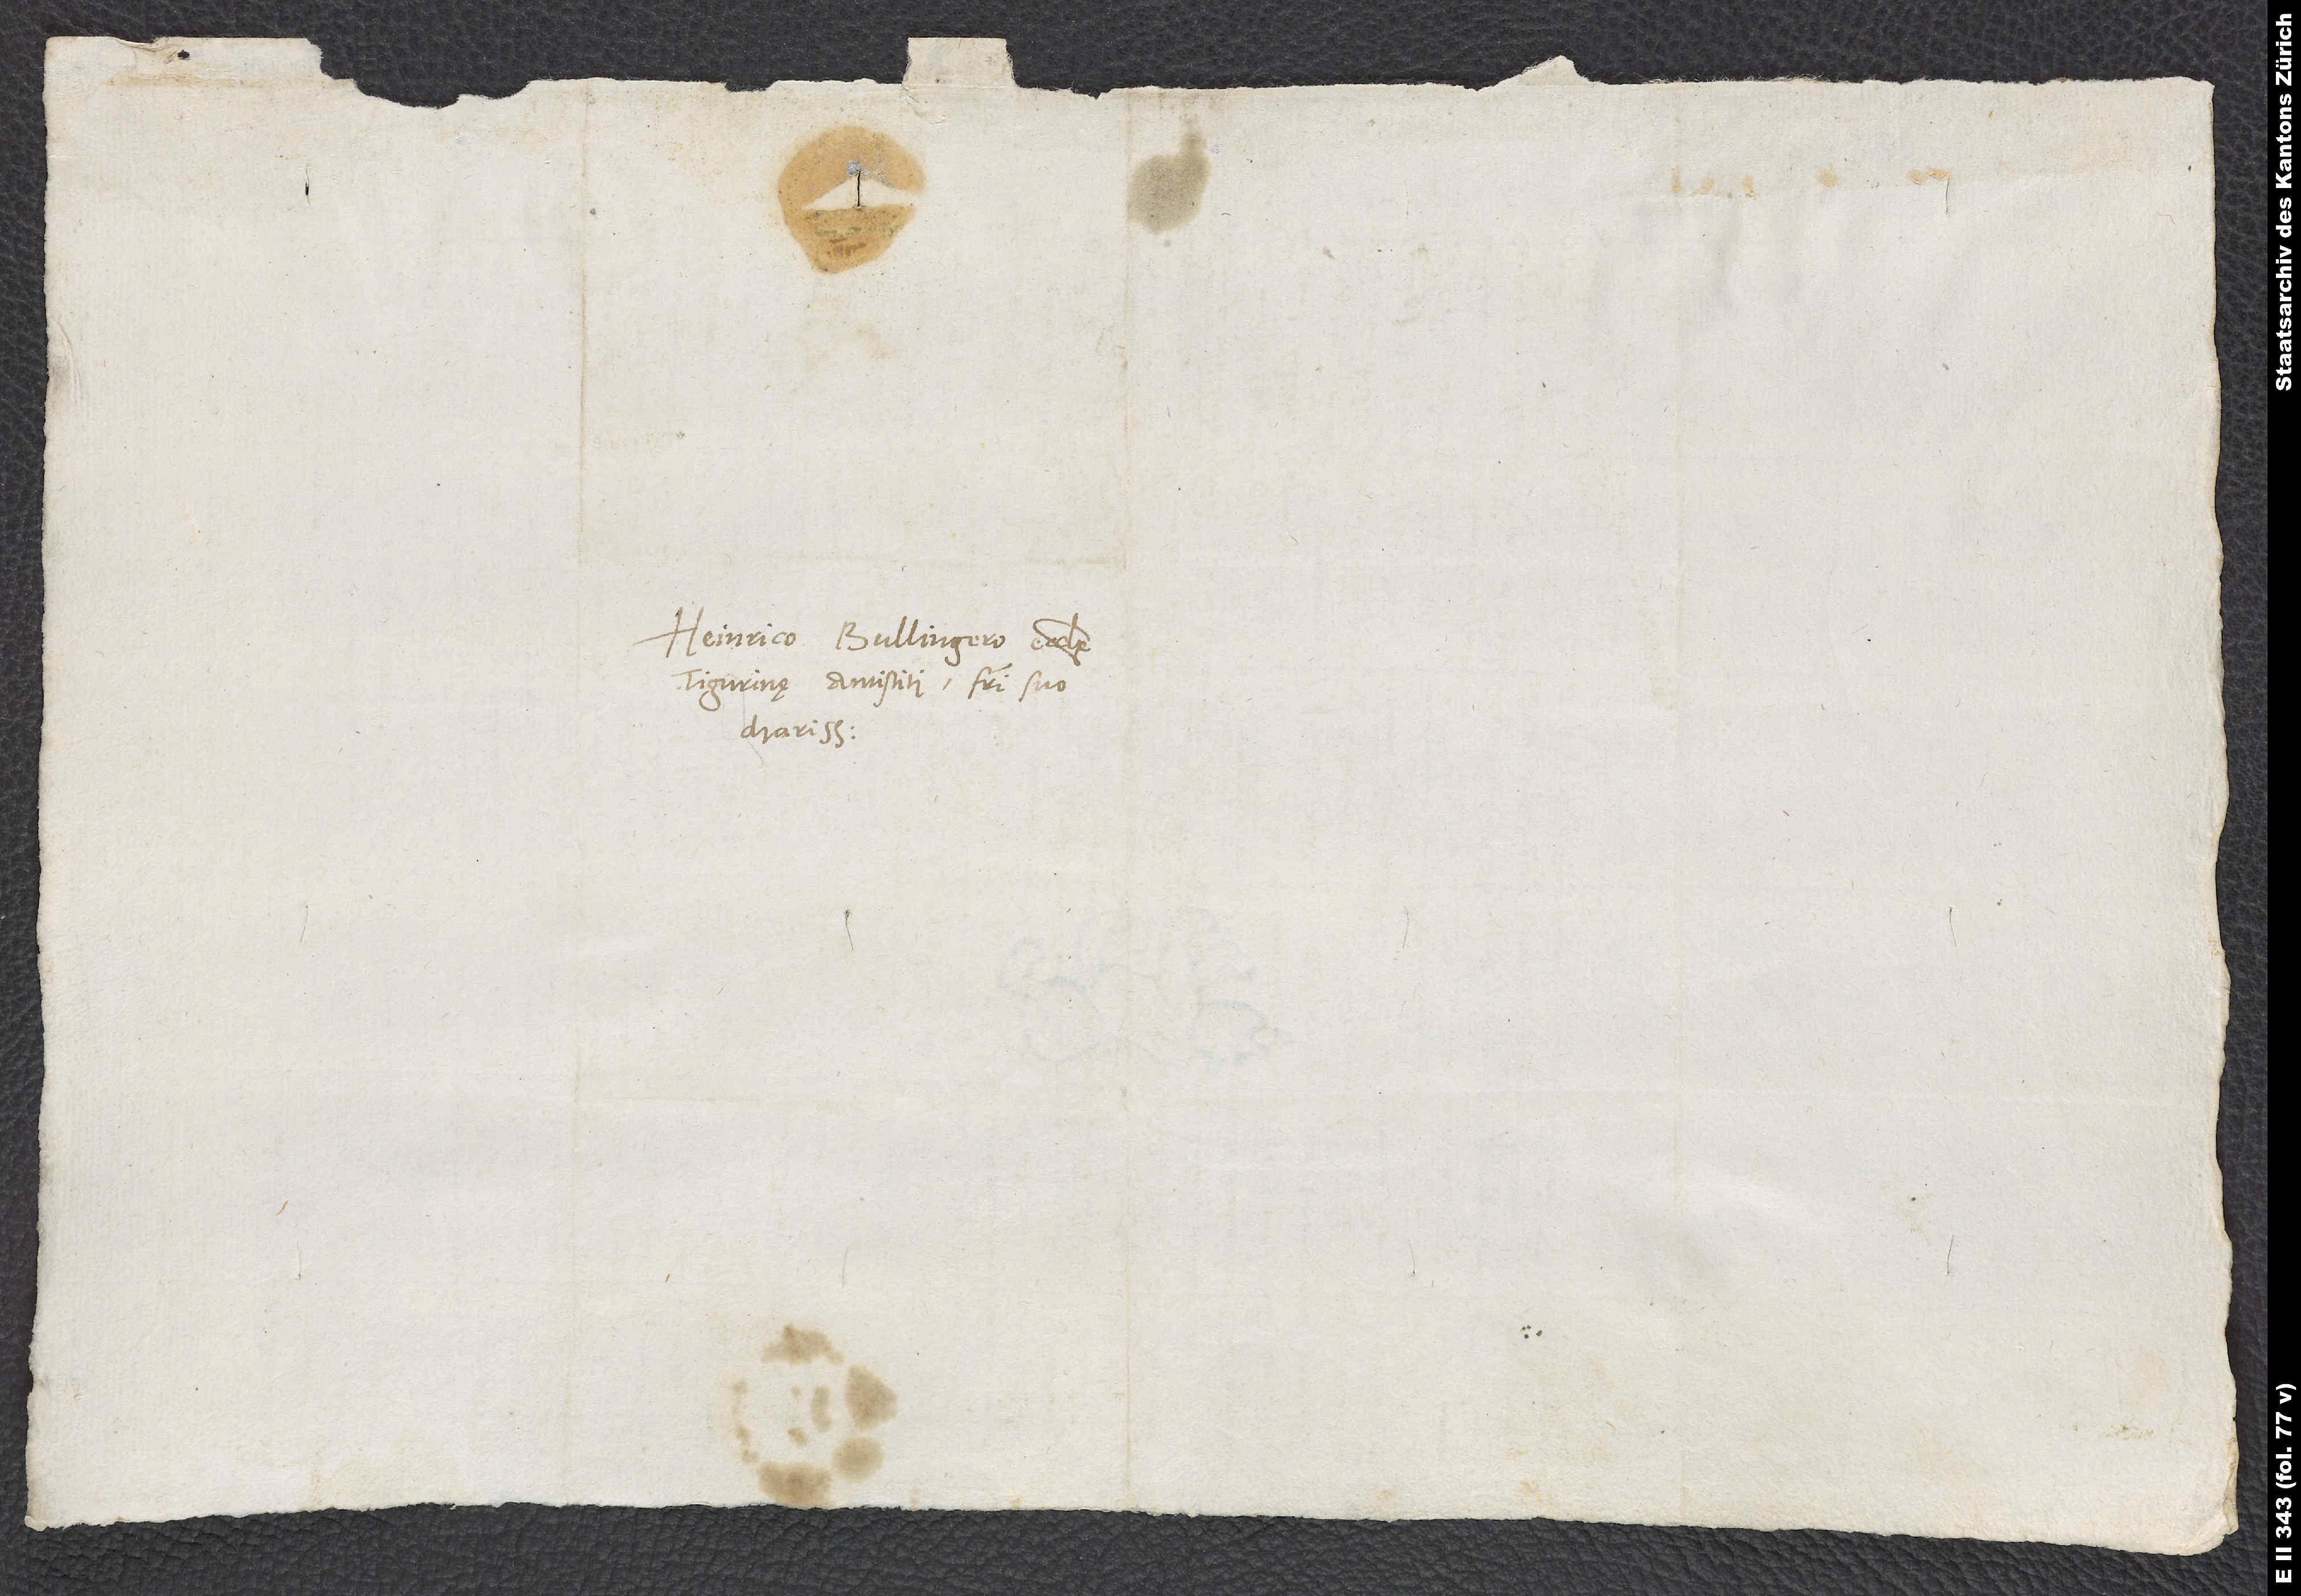
Heinrico Bullingero, ecclesię
Tigurinę antistiti, fratri suo
charissimo.